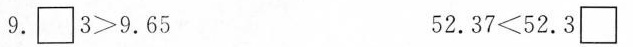
$$9 . \Box 3 > 9 . 6 5$$ $$5 2 . 3 7 < 5 2 . 3 \Box$$